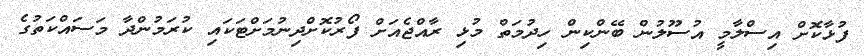
ފުޅާކޮށް އިސްލާމީ އުސޫލުން ބޭންކިން ހިދުމަތް މުޅި ރާއްޖެއަށް ފޯރުކޮށްދިނުމަށްޓަކައި ކުރަމުންދާ މަސައްކަތުގެ